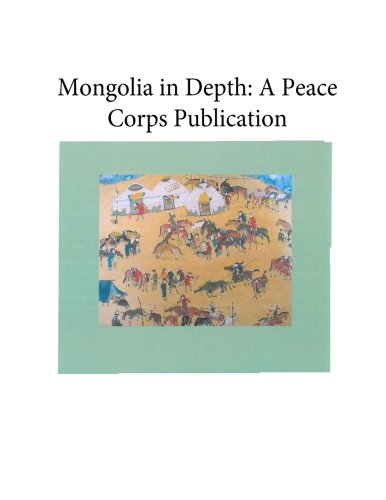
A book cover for Mongolia in Depth: A Peace Corps Publication; Peace Corps; Travel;